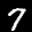
Label: 7